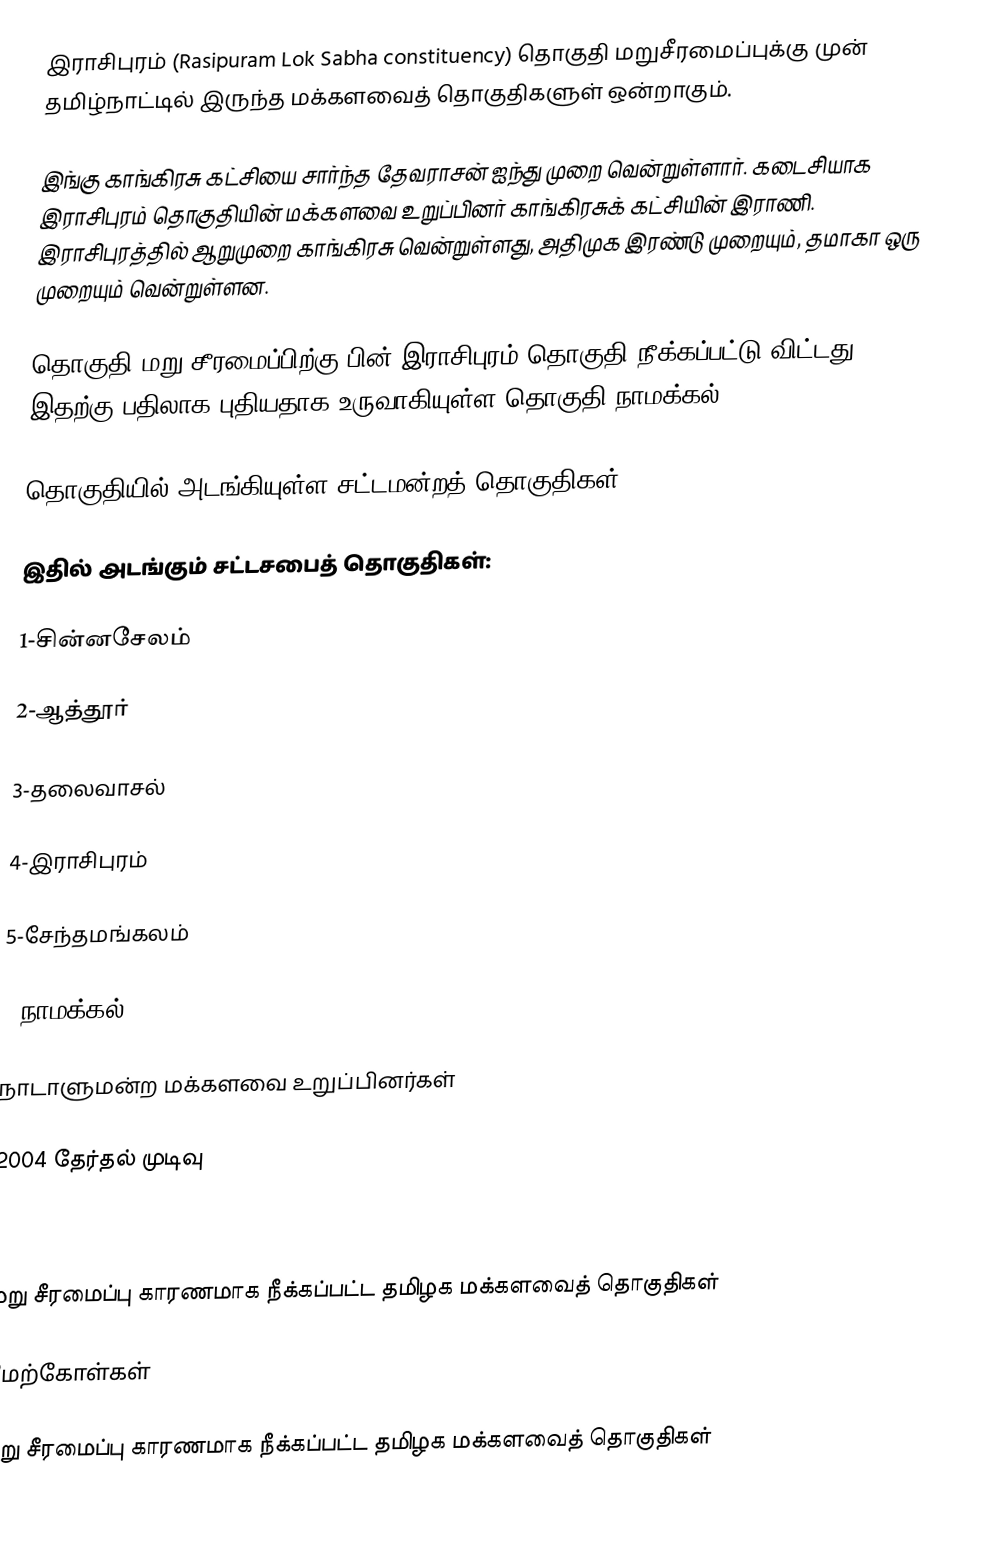
இராசிபுரம் (Rasipuram Lok Sabha constituency) தொகுதி மறுசீரமைப்புக்கு முன் தமிழ்நாட்டில் இருந்த மக்களவைத் தொகுதிகளுள் ஒன்றாகும்.

இங்கு காங்கிரசு கட்சியை சார்ந்த தேவராசன் ஐந்து முறை வென்றுள்ளார். கடைசியாக இராசிபுரம் தொகுதியின் மக்களவை உறுப்பினர் காங்கிரசுக் கட்சியின் இராணி. இராசிபுரத்தில் ஆறுமுறை காங்கிரசு வென்றுள்ளது, அதிமுக இரண்டு முறையும், தமாகா ஒரு முறையும் வென்றுள்ளன.

தொகுதி மறு சீரமைப்பிற்கு பின் இராசிபுரம் தொகுதி நீக்கப்பட்டு விட்டது. இதற்கு பதிலாக புதியதாக உருவாகியுள்ள தொகுதி நாமக்கல்.

தொகுதியில் அடங்கியுள்ள சட்டமன்றத் தொகுதிகள்

இதில் அடங்கும் சட்டசபைத் தொகுதிகள்:

1-சின்னசேலம்

2-ஆத்தூர்

3-தலைவாசல்

4-இராசிபுரம்

5-சேந்தமங்கலம்

6-நாமக்கல்

நாடாளுமன்ற மக்களவை உறுப்பினர்கள்

2004 தேர்தல் முடிவு

மறு சீரமைப்பு காரணமாக நீக்கப்பட்ட தமிழக மக்களவைத் தொகுதிகள்

மேற்கோள்கள்

மறு சீரமைப்பு காரணமாக நீக்கப்பட்ட தமிழக மக்களவைத் தொகுதிகள்